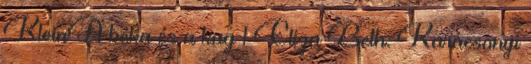
KleinA béka és a kag 1 Eliza Beth: Karácsonyi